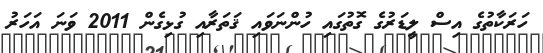
ހަރަކާތުގެ އިސް ލީޑަރުގެ ގޮތުގައި ހުންނަވައި ޤަތަރާއި ގުޅިގެން 2011 ވަނަ އަހަރު